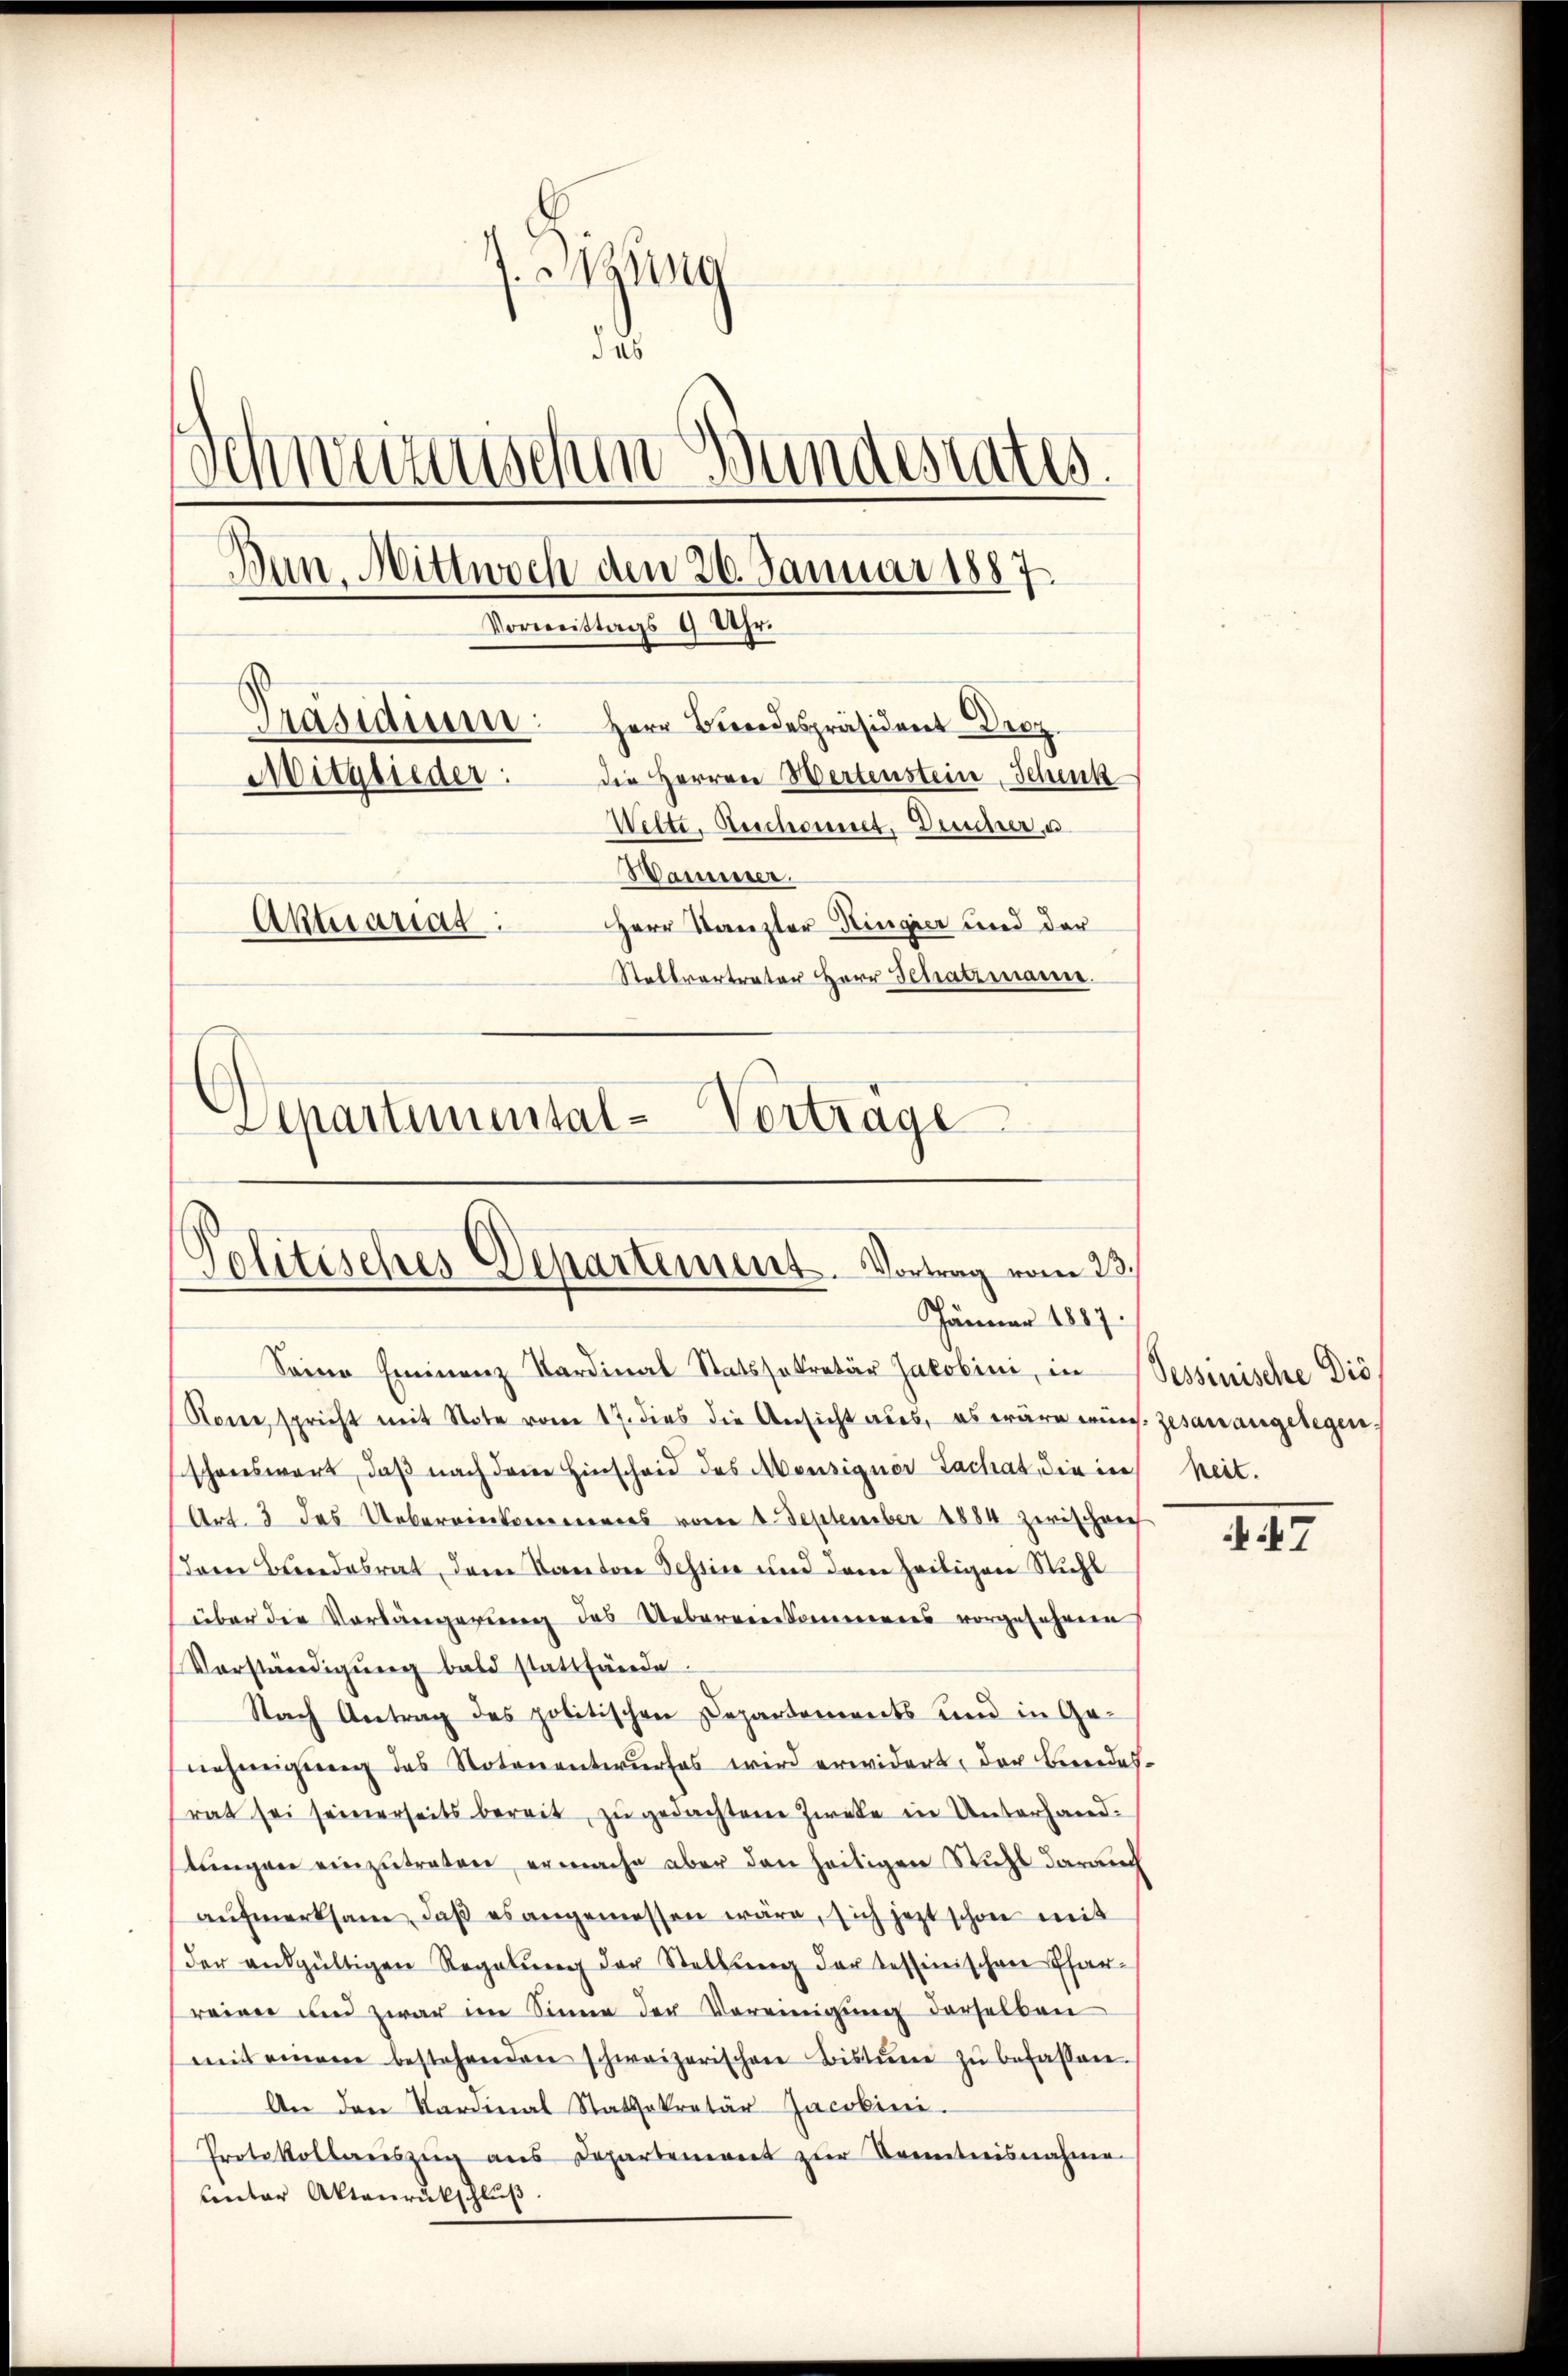
isung
das
Schweizerischen Bundestatis.
Dun. Mittwoch den 26. Januar 1887.
Vormittags 9 Uhr.
Präsidium: Herr Bundespräsident Droz.
die Herren Wertenstein Schenk
Mitglieder:
Welte, Geschonnet, Duscher, u.
Wasser.
Aktuarias
Herr Kanzler Ringier und der
Stellvertrator Herr Schatzmanne.
Aepartemental-Vortrage

.
Politisches Departement. Vortrag vom 23.
Jänner 1887.

Seine Eminanz Kardinal Statssekretär Jakobini, in Sessinische Dis
Rone, spricht mit Note vom 17. dies die Ansicht aus, es wäre wüns. gesanangelegen,
schonswert, daß nach dem Hinscheid des Abensigner Sachat, die in
Art. 3 des Uebereinkommenes vom 1. September 1884 zwischein
Dame Beendesrat, dem Kanton Tessin und dem heiligen Nicht
über die Vorlängerung des Uebereinkommenes vorgefahren
Vorständigŭng bald stattfände.
Nach Antrag des politischen Departements und in Genehmigung des Notenentwurfes wird erwidert, der Beredesrat sei seinerseits bereit, zu gedachten Zwecke in Unterhandstungen einzutreten, ermache aber den seitigen Stuhl darauch
aŭfmerksam, daβ es angemessen wäre, sich jetzt schon mit
der endgültigen Regelung der Stellung der Tessinischen Pfarreien und zwar im Sinne der Vereinigung derselben
mit einem bestehenden schweizerischen Bistŭng zŭ befassen.
An den Kardinal Statsekretär Jacobini.
Protokollweiszeig aus Departement zur Kenntnisnahme.
unter Aktenrückschluß.

heit.

47